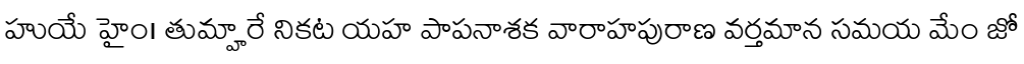
హుయే హైం। తుమ్హారే నికట యహ పాపనాశక వారాహపురాణ వర్తమాన సమయ మేం జో